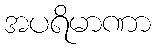
အပရိမာဏာ